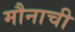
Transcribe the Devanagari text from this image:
मौनाची